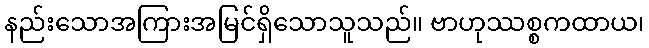
နည်းသောအကြားအမြင်ရှိသောသူသည်။ ဗာဟုဿစ္စကထာယ၊